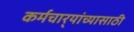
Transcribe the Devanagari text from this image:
कर्मचार्‍यांच्यासाठी